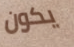
يكون